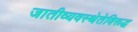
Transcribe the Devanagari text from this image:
जातीव्यवस्थेतेविरूद्ध